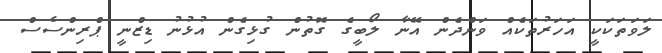
ލަވަތަކަކީ އަހަރުތަކެއް ވަންދެން އޭނާ ލޯބީގެ ގޮތުން ގުޅިގެން އުޅުނު ޑިޒްނީ ޕްރިންސެސް